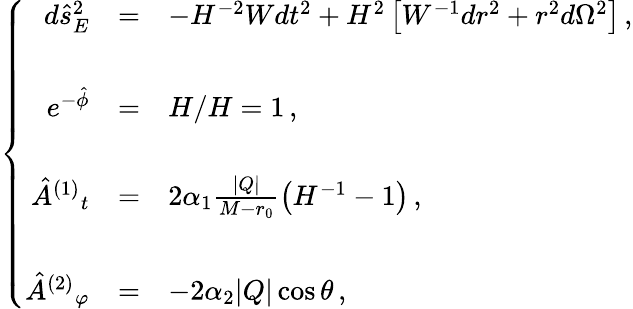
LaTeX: \left\{ \begin{array}{rcl}{{d\hat{s}_{E}^{2}}}&{{=}}&{{-H^{-2}Wdt^{2}+H^{2}\left[W^{-1}dr^{2}+r^{2}d\Omega^{2}\right]\, ,}}\\ {{}}&{{}}&{{}}\\ {{e^{-\hat{\phi}}}}&{{=}}&{{H/H=1\, ,}}\\ {{}}&{{}}&{{}}\\ {{\hat{A}^{(1)}{}_{t}}}&{{=}}&{{2\alpha_{1}\frac{|Q|}{M-r_{0}}\left(H^{-1}-1\right)\, ,}}\\ {{}}&{{}}&{{}}\\ {{\hat{A}^{(2)}{}_{\varphi}}}&{{=}}&{{-2\alpha_{2}|Q|\cos\theta\, ,}}\end{array}\right.